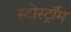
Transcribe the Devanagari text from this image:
स्टोर्स्ट्रॉम